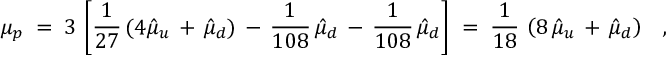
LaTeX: \mu _ { p } \; = \; 3 \, \left[ \frac { 1 } { 2 7 } \, ( 4 \hat { \mu } _ { u } \, + \, \hat { \mu } _ { d } ) \, - \, \frac { 1 } { 1 0 8 } \, \hat { \mu } _ { d } \, - \, \frac { 1 } { 1 0 8 } \, \hat { \mu } _ { d } \right] \; = \; \frac { 1 } { 1 8 } \, \left( 8 \, \hat { \mu } _ { u } \, + \, \hat { \mu } _ { d } \right) \; \; \; ,